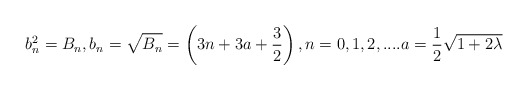
\begin{align*}b_{n}^{2}=B_{n} ,b_{n}=\sqrt{B_{n}}=\left( 3n + 3 a+\frac{3}{2} \right), n=0,1,2,.... a =\frac{1}{2} \sqrt{1+2\lambda } \end{align*}